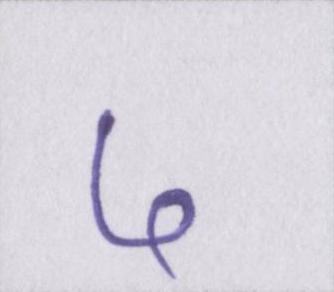
५